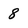
Character: 8